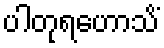
ပါတုရဟောသိံ